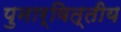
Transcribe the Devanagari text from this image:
पुनार्वित्तीय